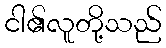
ငါ၏လူတို့သည်